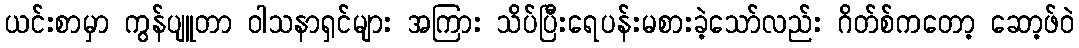
ယင်းစာမှာ ကွန်ပျူတာ ဝါသနာရှင်များ အကြား သိပ်ပြီးရေပန်းမစားခဲ့သော်လည်း ဂိတ်စ်ကတော့ ဆော့ဖ်ဝဲ